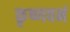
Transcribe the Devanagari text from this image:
कृष्णवनं